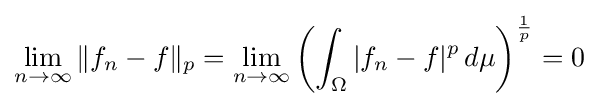
\lim _{n\to \infty }\|f_{n}-f\|_{p}=\lim _{n\to \infty }\left(\int _{\Omega }|f_{n}-f|^{p}\,d\mu \right)^{\frac {1}{p}}=0